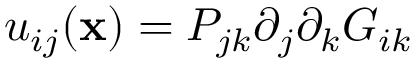
u _ { i j } ( { \bf x } ) = P _ { j k } \partial _ { j } \partial _ { k } G _ { i k }